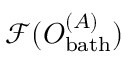
\mathcal { F } ( O _ { \mathrm { b a t h } } ^ { ( A ) } )